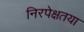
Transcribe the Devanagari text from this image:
निरपेक्षतया